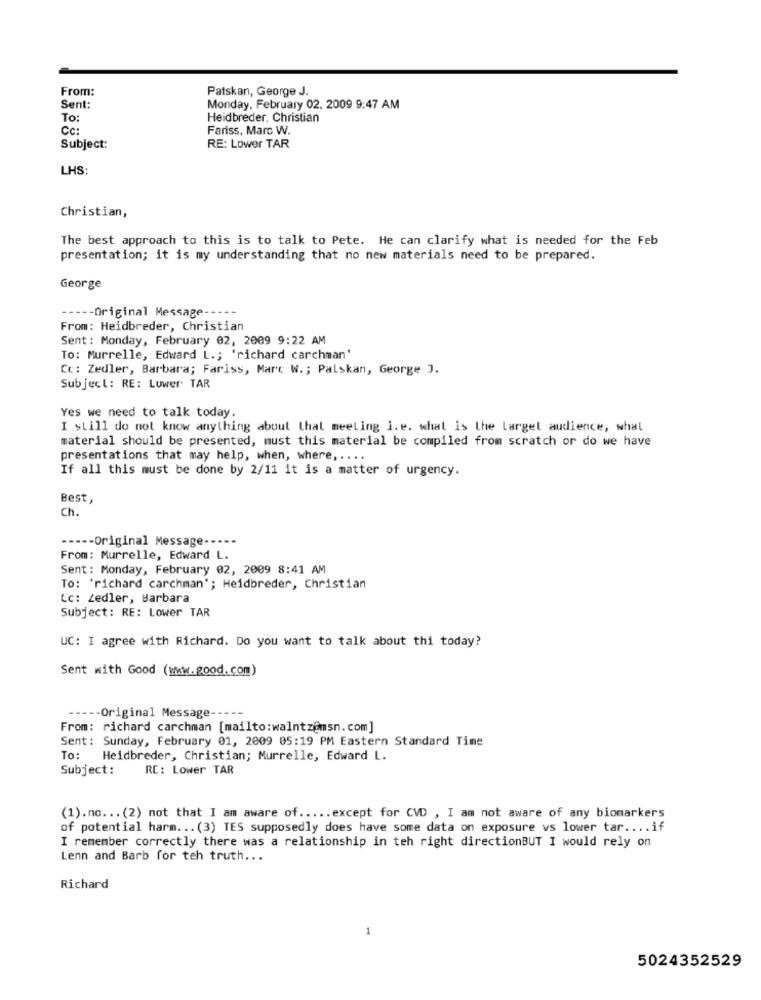
From:
Patskan, George J.
Sent:
Monday, February 02, 2009 9:47 AM
To:
Heidbreder, Christian
CC:
Fariss, Marc W.
Subject:
RE: Lower TAR
LHS:
Christian,
The best approach to this is to talk to Pete. He can clarify what is needed for the Feb
presentation; it is my understanding that no new materials need to be prepared.
George
---- Original Message-
From: Heidbreder, Christian
Sent: Monday, February 02, 2009 9:22 AM
To: Murrelle, Edward L .; 'richard carchman'
Cc: Zedler, Barbara; Fariss, Marc W .; Palskan, George J.
Subject: RE: Lower TAR
Yes we need to talk today.
I still do not know anything about that meeting i. e. what is the largel audience, what
material should be presented, must this material be compiled from scratch or do we have
presentations that may help, when, where ,....
If all this must be done by 2/11 it is a matter of urgency.
Best,
Ch.
----- Original Message-
From: Murrelle, Edward L.
Sent: Monday, February 02, 2009 8:41 AM
To: 'richard carchman'; Heidbreder, Christian
Cc: Zedler, Barbara
Subject: RE: Lower TAR
UC: I agree with Richard. Do you want to talk about thi today?
Sent with Good (www.good.com)
---
Original Message-
From: richard carchman [mailto:walntz@msn.com]
Sent: Sunday, February 01, 2009 05:19 PM Eastern Standard Time
To: Heidbreder, Christian; Murrelle, Edward L.
Subject :
RC: Lower TAR
(1).no ... (2) not that I am aware of ..... except for CVD , I am not aware of any biomarkers
of potential harm ... (3) TES supposedly does have some data on exposure vs lower tar .... if
I remember correctly there was a relationship in teh right directionBUT I would rely on
Lenn and Barb for teh truth ...
Richard
-
5024352529